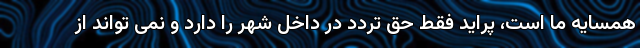
همسایه ما است، پراید فقط حق تردد در داخل شهر را دارد و نمی تواند از